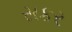
સકર